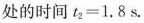
处的时间$$t _ { 2 } = 1 . 8 s$$.